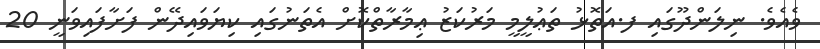
ވެއެވެ. ނިލަންދޫގައި ފ.އަތޮޅު ތަޢުލީމީ މަރުކަޒު ޢިމާރާތްކޮށް އެތަނުގައި ކިޔަވައިދޭން ފަށާފައިވަނީ 20